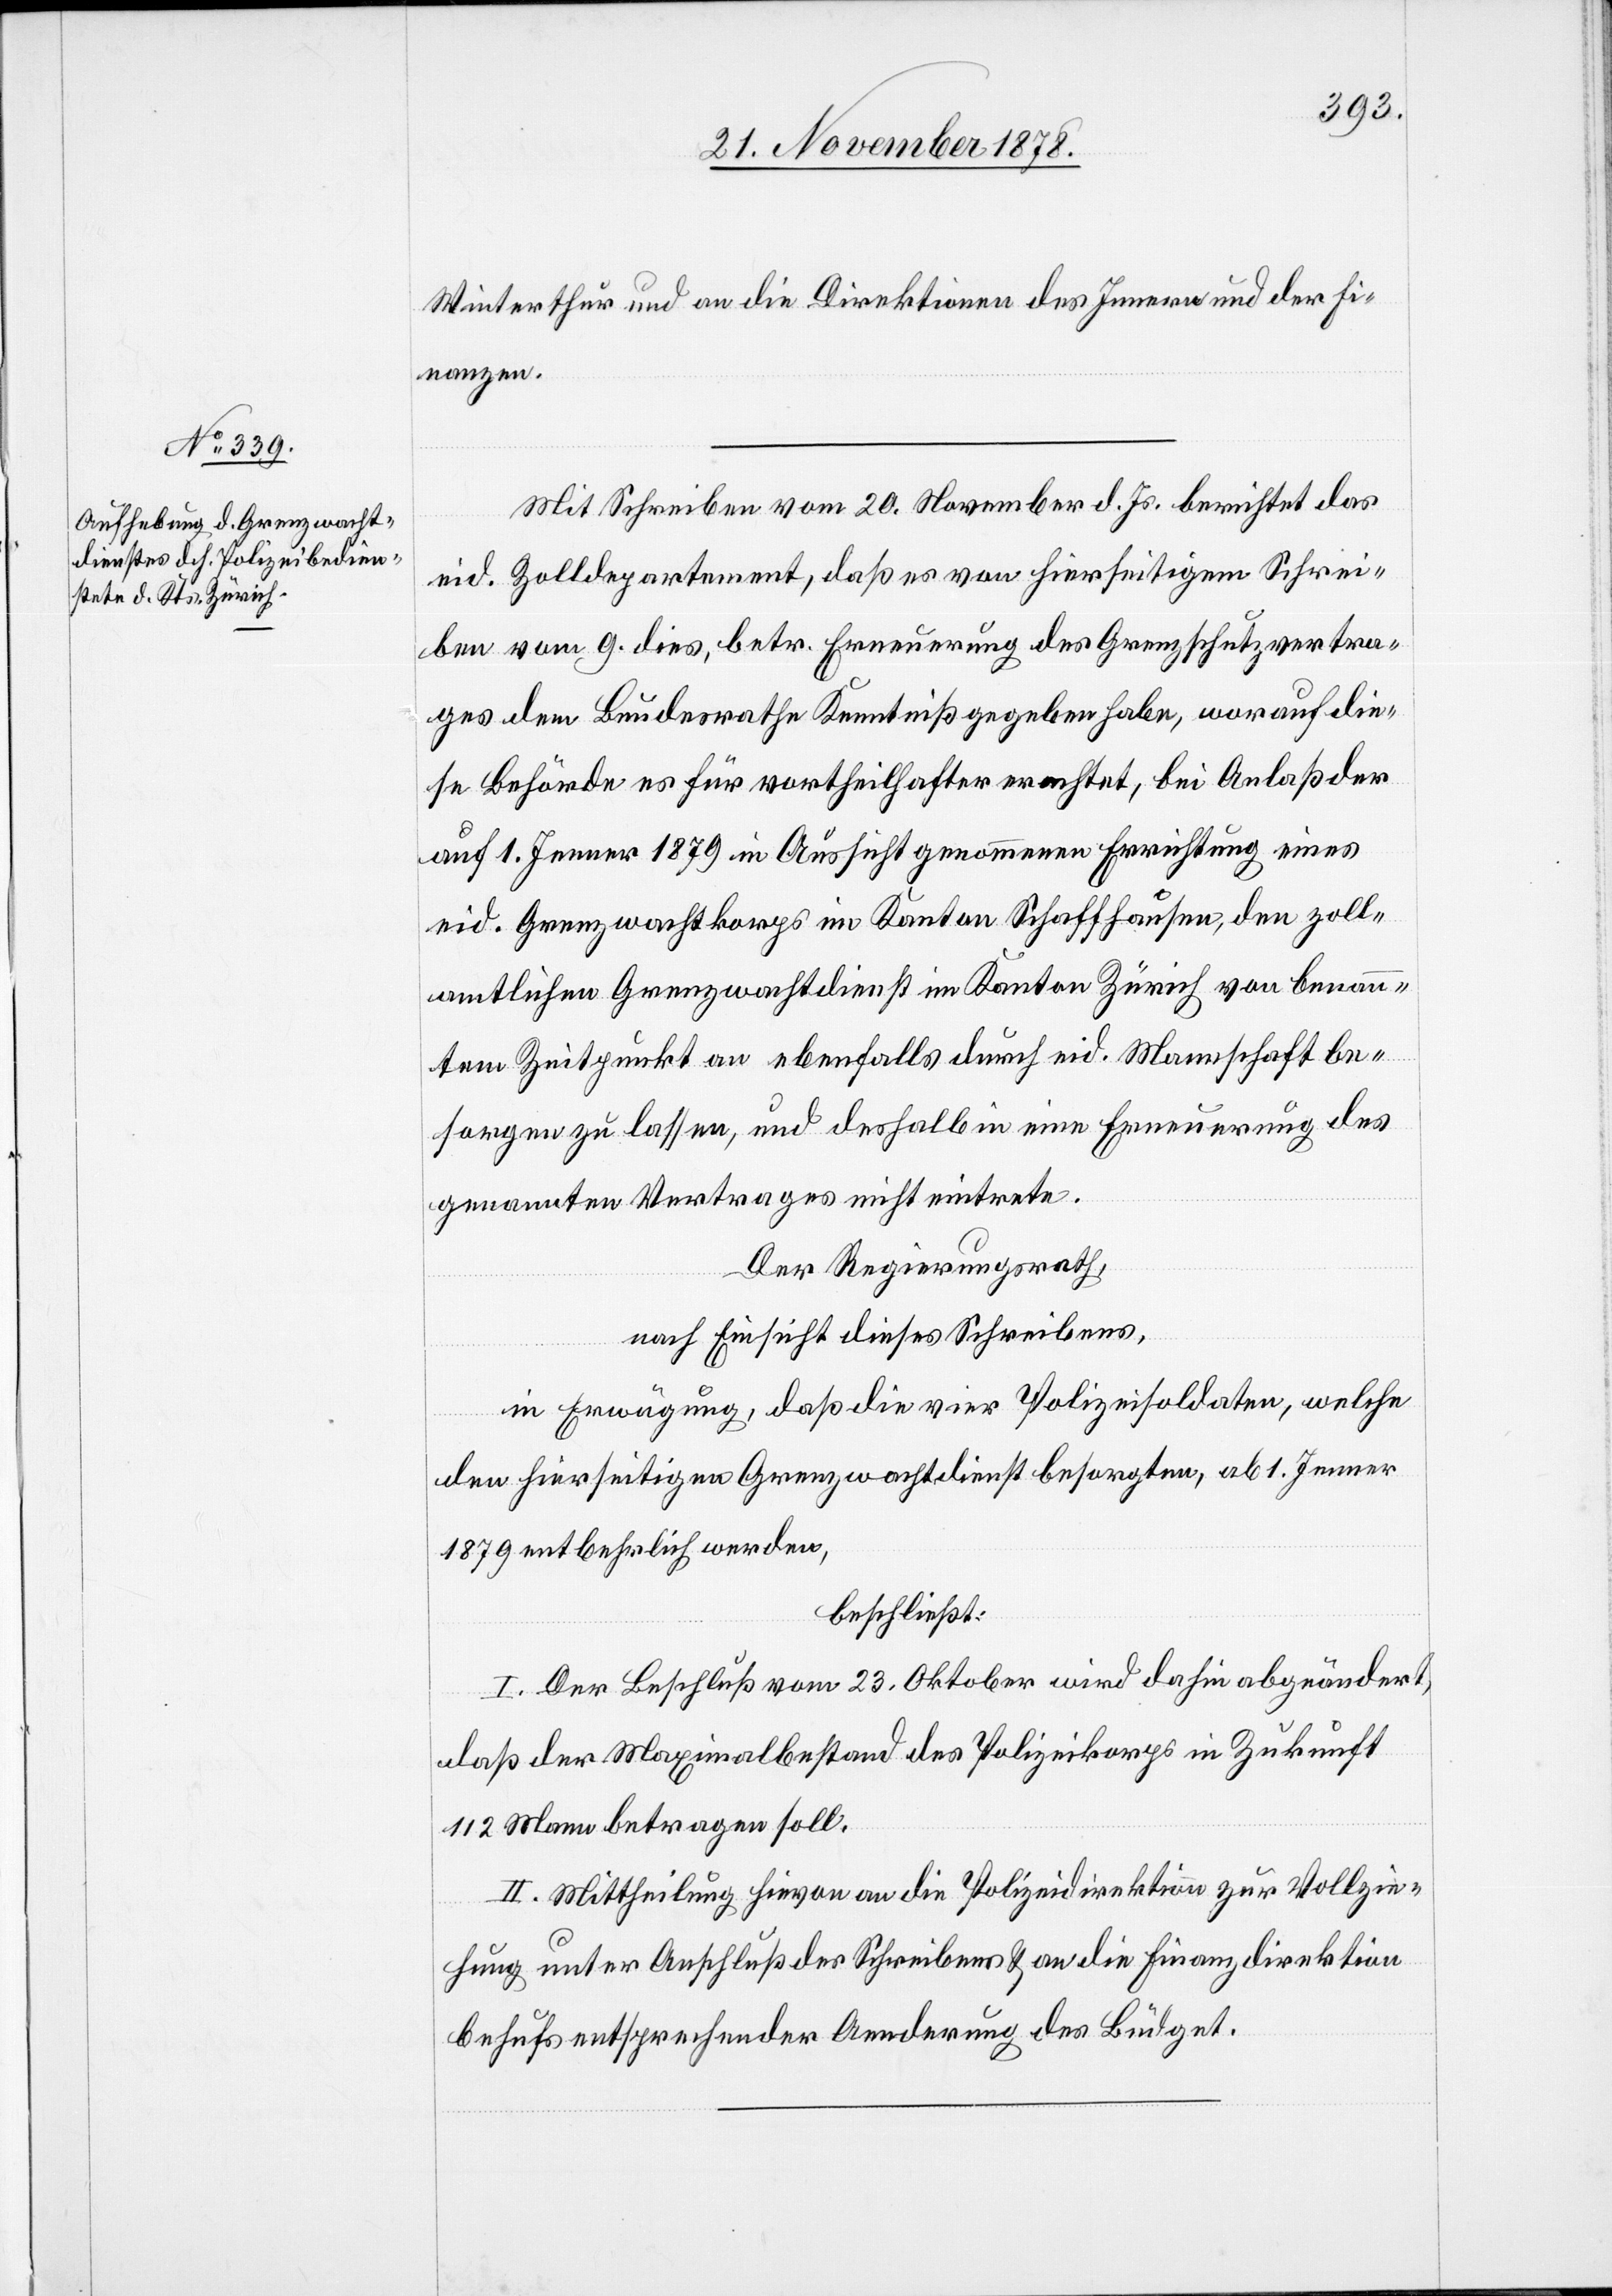
Winterthur und an die Direktionen des Innern und der Fi¬
nanzen.
Mit Schreiben vom 20. November d. Js. berichtet das
eid. Zolldepartement, daß es von hierseitigem Schrei¬
ben vom 9. dies, betr. Erneuerung des Grenzschutzvertra¬
ges dem Bundesrathe Kenntniß gegeben habe, worauf die¬
se Behörde es für vortheilhafter erachtet, bei Anlaß der
auf 1. Jenner 1879 in Aussicht genommenen Errichtung eines
eid. Grenzwachtkorps im Kanton Schaffhausen, den zoll¬
amtlichen Grenzwachtdienst im Kanton Zürich von benann¬
tem Zeitpunkt an ebenfalls durch eid. Mannschaft be¬
sorgen zu lassen, und deshalb in eine Erneuerung des
genannten Vertrages nicht eintrete.
Der Regierungsrath,
nach Einsicht dieses Schreibens,
in Erwägung, daß die vier Polizeisoldaten, welche
den hierseitigen Grenzwachtdienst besorgen, ab 1. Jenner
1879 entbehrlich werden,
beschließt:
I. Der Beschluß vom 23. Oktober wird dahin abgeändert,
daß der Maximalbestand des Polizeikorps in Zukunft
112 Mann betragen soll.
II. Mittheilung hievon an die Polizeidirektion zur Vollzie¬
hung unter Anschluß des Schreibens & an die Finanzdirektion
behufs entsprechender Aenderung des Büdget.